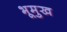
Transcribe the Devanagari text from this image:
भूमुख